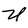
Character: U